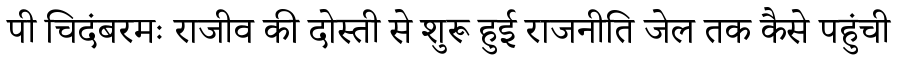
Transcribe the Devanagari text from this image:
पी चिदंबरमः राजीव की दोस्ती से शुरू हुई राजनीति जेल तक कैसे पहुंची